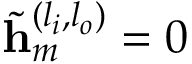
\tilde { \mathbf { h } } _ { m } ^ { ( l _ { i } , l _ { o } ) } = 0